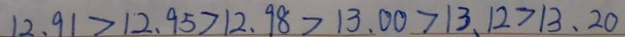
1 2 . 9 1 > 1 2 . 9 5 > 1 2 . 9 8 > 1 3 . 0 0 > 1 3 . 1 2 > 1 3 . 2 0